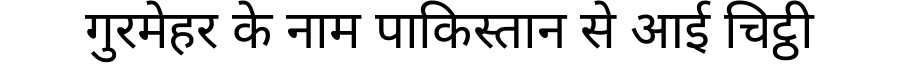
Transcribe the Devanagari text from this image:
गुरमेहर के नाम पाकिस्तान से आई चिट्ठी